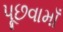
પૂછવામાઁ